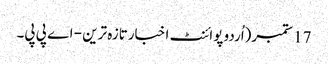
17 ستمبر(اُردو پوائنٹ اخبارتازہ ترین - اے پی پی۔